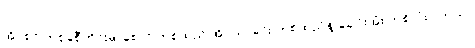
အိပ်စင် တစ်ခုစီတိုင်းမှာစောင် တစ်ထည် အိပ်ယာခင်း တစ်ထည်နဲ့ ခေါင်းအုံး တစ်လုံးပါတယ်။